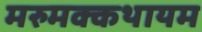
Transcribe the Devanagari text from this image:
मरुमक्कथायम